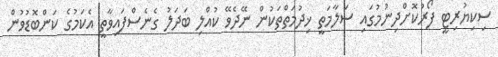
ސިކިޔުރިޓީ ފޯރުކޮށްދިނުމުގައި ސަލާމަތީ ޚިދުމަތްތަކުން ނޭދެވޭ ކުއްލި ބަދަލު ގެނެސްފައިވާތީ އެކަމުގެ ކަންބޮޑުވުން